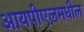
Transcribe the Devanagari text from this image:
आयपीएलमधील